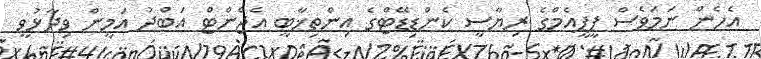
އެެހެން ނަމަވެސް ޕީޕީއެމްގެ ރިޔާސީ ކެންޑިޑޭޓްގެ އިންތިޚާބީ އެޖެންޓް އަބްދު އަމީން ވިދާޅުވީ